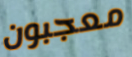
معجبون